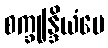
စက္ခုန္ဒြိယံပေ